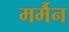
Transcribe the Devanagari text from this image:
मर्मैन